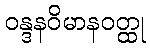
ဝန္ဒနဝိမာနဝတ္ထု